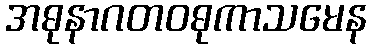
အဓုနာဂတဝဓုကာသမေန